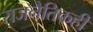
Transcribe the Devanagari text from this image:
राजनैतिकही